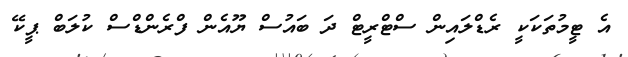
އެ ޓީމުތަކަކީ ރެޑްލައިން ސްޓްރީޓް ދަ ބައުސް ޔޫއެން ފްރެންޑްސް ކުލަބް ޕީކޭ